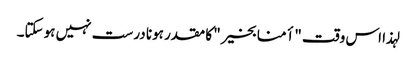
لہذا اس وقت "أمنا بخیر" کا مقدر ہونا درست نہیں ہوسکتا۔